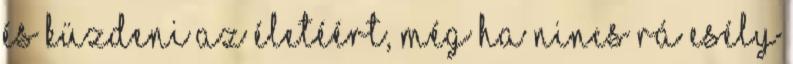
és küzdeni az életéért, még ha nincs rá esély